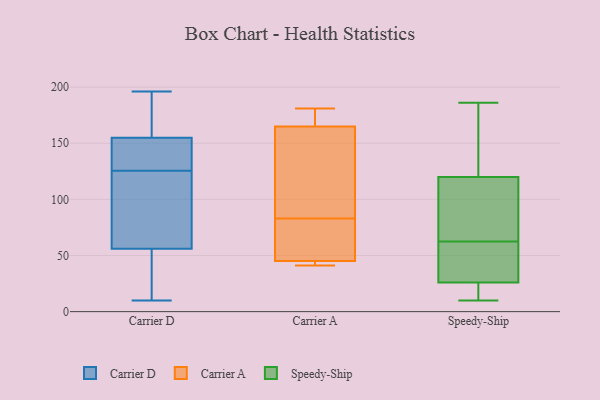
{"axis": {"x": "Revenue (USD Million)", "y": "Value"}, "legend": ["Carrier A", "Carrier D", "Speedy-Ship"], "data": [{"x": "", "y": 182, "type": "Carrier D"}, {"x": "", "y": 12, "type": "Carrier D"}, {"x": "", "y": 10, "type": "Carrier D"}, {"x": "", "y": 148, "type": "Carrier D"}, {"x": "", "y": 121, "type": "Carrier D"}, {"x": "", "y": 56, "type": "Carrier D"}, {"x": "", "y": 190, "type": "Carrier D"}, {"x": "", "y": 39, "type": "Carrier D"}, {"x": "", "y": 99, "type": "Carrier D"}, {"x": "", "y": 96, "type": "Carrier D"}, {"x": "", "y": 130, "type": "Carrier D"}, {"x": "", "y": 155, "type": "Carrier D"}, {"x": "", "y": 149, "type": "Carrier D"}, {"x": "", "y": 148, "type": "Carrier D"}, {"x": "", "y": 196, "type": "Carrier D"}, {"x": "", "y": 23, "type": "Carrier D"}, {"x": "", "y": 187, "type": "Carrier D"}, {"x": "", "y": 65, "type": "Carrier D"}, {"x": "", "y": 45, "type": "Carrier A"}, {"x": "", "y": 41, "type": "Carrier A"}, {"x": "", "y": 75, "type": "Carrier A"}, {"x": "", "y": 173, "type": "Carrier A"}, {"x": "", "y": 165, "type": "Carrier A"}, {"x": "", "y": 181, "type": "Carrier A"}, {"x": "", "y": 44, "type": "Carrier A"}, {"x": "", "y": 130, "type": "Carrier A"}, {"x": "", "y": 91, "type": "Carrier A"}, {"x": "", "y": 64, "type": "Carrier A"}, {"x": "", "y": 64, "type": "Speedy-Ship"}, {"x": "", "y": 47, "type": "Speedy-Ship"}, {"x": "", "y": 186, "type": "Speedy-Ship"}, {"x": "", "y": 61, "type": "Speedy-Ship"}, {"x": "", "y": 26, "type": "Speedy-Ship"}, {"x": "", "y": 120, "type": "Speedy-Ship"}, {"x": "", "y": 132, "type": "Speedy-Ship"}, {"x": "", "y": 103, "type": "Speedy-Ship"}, {"x": "", "y": 11, "type": "Speedy-Ship"}, {"x": "", "y": 10, "type": "Speedy-Ship"}]}